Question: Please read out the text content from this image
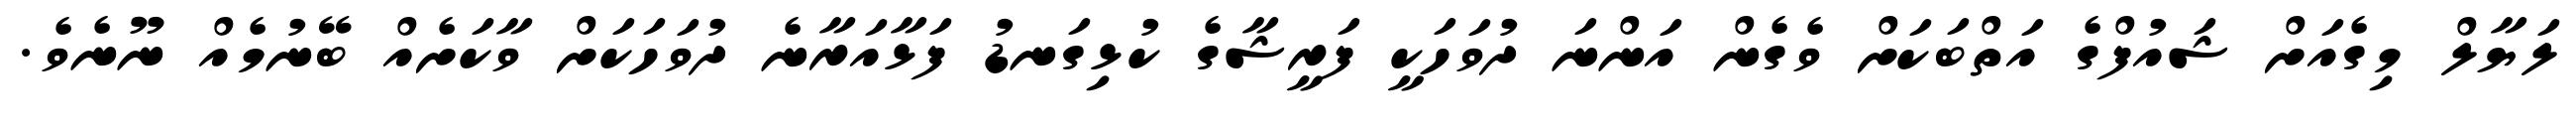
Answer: ލަޔާލް މިގެއަށް ޝައުފްގެ އަތްބަކަށް ވެގެން އަންނަ ދުވަހަކީ ފަރީޝާގެ ކުޅިގަނޑު ފަޅާއަރާނެ ދުވަހަކަށް ވާކަށެއް ބޭނުމެއް ނޫނެވެ.